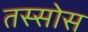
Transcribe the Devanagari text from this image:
तस्सोस